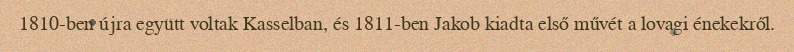
1810-ben újra együtt voltak Kasselban, és 1811-ben Jakob kiadta első művét a lovagi énekekről.